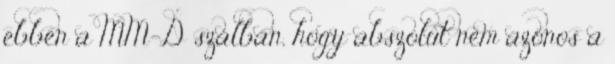
ebben a MM-D szálban, hogy abszolút nem azonos a